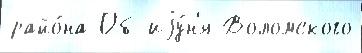
райо́на Об иjу́н'я Воломского